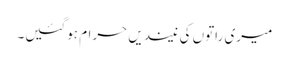
میری راتوں کی نیندیں حرام ہوگئیں۔